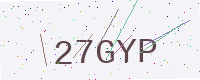
Text: 27GYP